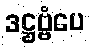
ဒဋ္ဌဗ္ဗံပေ